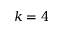
k = 4